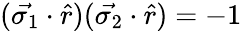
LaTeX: (\vec{\sigma_{1}}\cdot\hat{r})(\vec{\sigma_{2}}\cdot\hat{r})=-1